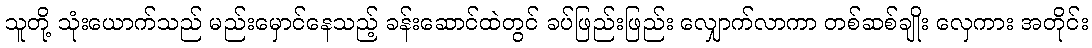
သူတို့ သုံးယောက်သည် မည်းမှောင်နေသည့် ခန်းဆောင်ထဲတွင် ခပ်ဖြည်းဖြည်း လျှောက်လာကာ တစ်ဆစ်ချိုး လှေကား အတိုင်း